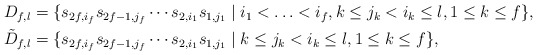
\begin{align*}\begin{aligned}D_{f,l}& =\{s_{2f,i_f}s_{2f-1,j_f}\cdots s_{2,i_1}s_{1,j_1}\mid i_1<\ldots<i_f, k\leq j_k<i_k\leq l, 1\leq k\leq f \}, \\\tilde D_{f,l}&= \{s_{2f,i_f}s_{2f-1,j_f}\cdots s_{2,i_1}s_{1,j_1}\mid k\leq j_k<i_k\leq l, 1\leq k\leq f \},\\\end{aligned}\end{align*}